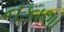
નકાશા